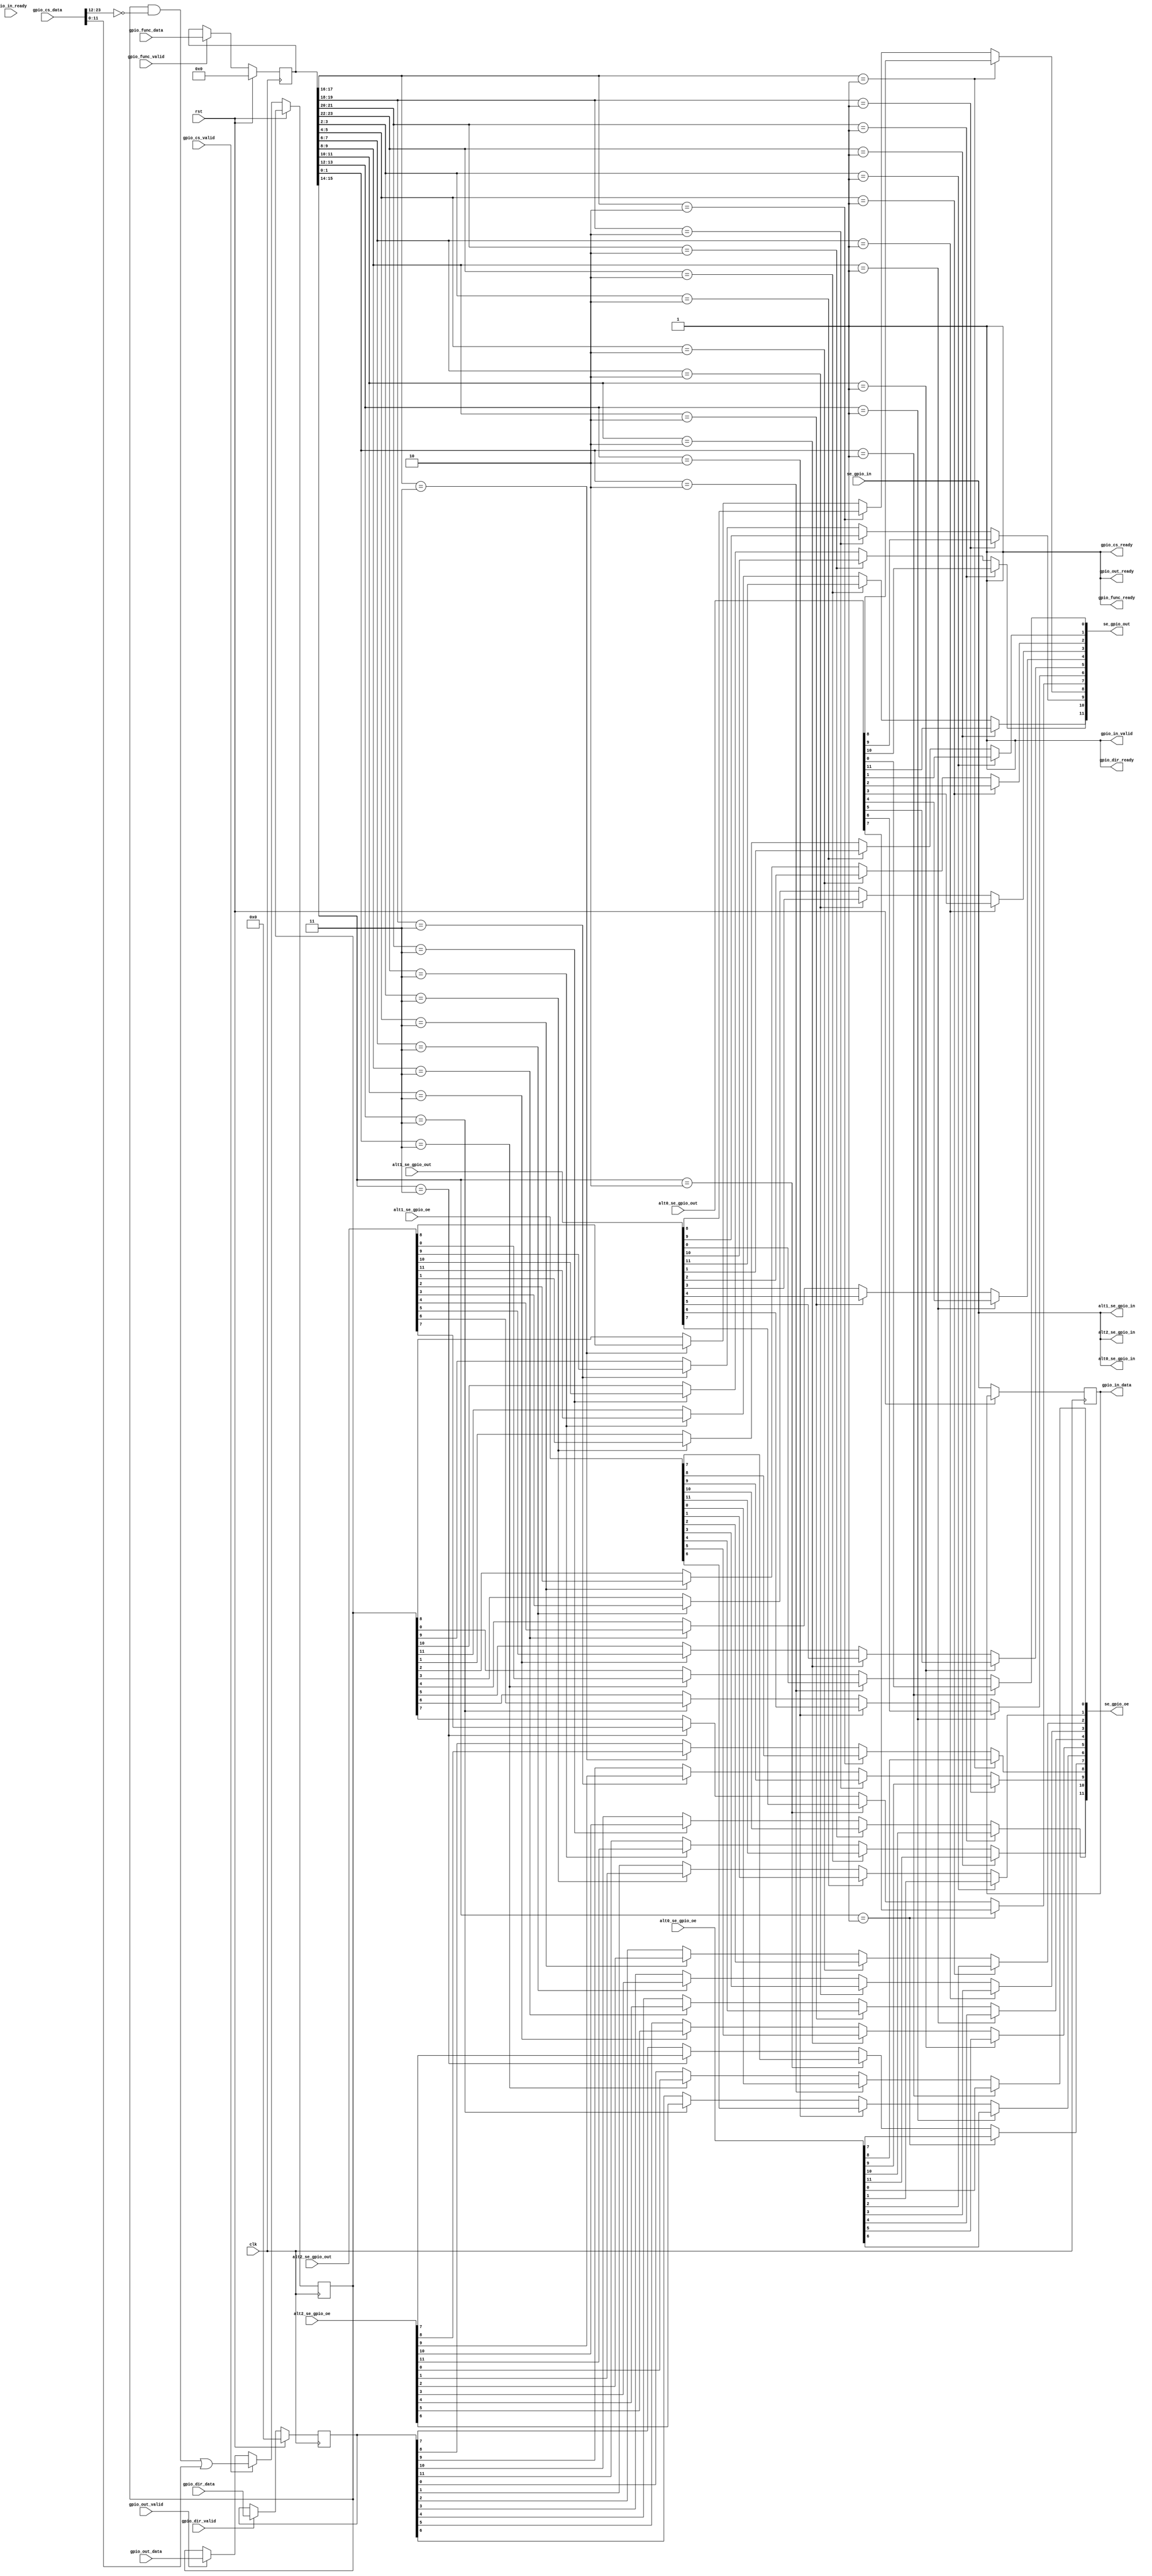
//
// Copyright (c) 2016-2020 Fairwaves, Inc.
// SPDX-License-Identifier: CERN-OHL-W-2.0
//

module xtrx_gpio_ctrl  #(
    parameter GPIO_WIDTH = 12,
    parameter GPIO_DEF_FUNCTIONS = 0
)(
    input clk,
    input rst,

    // GPIO configuration regusters
    output                   gpio_func_ready,
    input                    gpio_func_valid,
    input [GPIO_WIDTH*2-1:0] gpio_func_data,

    output                   gpio_dir_ready,
    input                    gpio_dir_valid,
    input [GPIO_WIDTH-1:0]   gpio_dir_data,

    output                   gpio_out_ready,
    input                    gpio_out_valid,
    input [GPIO_WIDTH-1:0]   gpio_out_data,

    output                   gpio_cs_ready,
    input                    gpio_cs_valid,
    input [2*GPIO_WIDTH-1:0] gpio_cs_data,

    // User Interrupt control
    input                    gpio_in_ready,
    output                   gpio_in_valid,
    output [GPIO_WIDTH-1:0]  gpio_in_data,


    output [GPIO_WIDTH-1:0] se_gpio_oe,
    output [GPIO_WIDTH-1:0] se_gpio_out,
    input  [GPIO_WIDTH-1:0] se_gpio_in,

    // Alt function for specific GPIO(s)
    input   [GPIO_WIDTH-1:0] alt0_se_gpio_oe,
    input   [GPIO_WIDTH-1:0] alt0_se_gpio_out,
    output  [GPIO_WIDTH-1:0] alt0_se_gpio_in,

    input   [GPIO_WIDTH-1:0] alt1_se_gpio_oe,
    input   [GPIO_WIDTH-1:0] alt1_se_gpio_out,
    output  [GPIO_WIDTH-1:0] alt1_se_gpio_in,

    input   [GPIO_WIDTH-1:0] alt2_se_gpio_oe,
    input   [GPIO_WIDTH-1:0] alt2_se_gpio_out,
    output  [GPIO_WIDTH-1:0] alt2_se_gpio_in

);

localparam ALT_FUNCTION_WIDTH = 2;

// Func:
// 0     - general IO
// 1,2,3 - ALT function 0,1,2,3

reg [GPIO_WIDTH-1:0] gpio_out;
reg [GPIO_WIDTH-1:0] gpio_oe = 0;

reg [GPIO_WIDTH*ALT_FUNCTION_WIDTH-1:0] gpio_alt_sel = GPIO_DEF_FUNCTIONS;

genvar i, j;
generate
  for (i = 0; i < GPIO_WIDTH; i=i+1) begin: gpio
    wire [ALT_FUNCTION_WIDTH-1:0] altsel;
    for (j = 0; j < ALT_FUNCTION_WIDTH; j=j+1) begin
      assign altsel[j] = gpio_alt_sel[ALT_FUNCTION_WIDTH*i+j];
    end
    assign se_gpio_out[i] = (altsel == 1) ? alt0_se_gpio_out[i] :
                            (altsel == 2) ? alt1_se_gpio_out[i] :
                            (altsel == 3) ? alt2_se_gpio_out[i] : gpio_out[i];
    assign se_gpio_oe[i] = (altsel == 1) ? alt0_se_gpio_oe[i] :
                           (altsel == 2) ? alt1_se_gpio_oe[i] :
                           (altsel == 3) ? alt2_se_gpio_oe[i] : gpio_oe[i];

    assign alt0_se_gpio_in[i] = se_gpio_in[i];
    assign alt1_se_gpio_in[i] = se_gpio_in[i];
    assign alt2_se_gpio_in[i] = se_gpio_in[i];
  end
endgenerate

reg [GPIO_WIDTH-1:0] gpio_in;

assign gpio_func_ready = 1'b1;
assign gpio_dir_ready = 1'b1;
assign gpio_out_ready = 1'b1;
assign gpio_cs_ready = 1'b1;

assign gpio_in_valid = 1'b1;
assign gpio_in_data = gpio_in;

always @(posedge clk) begin
  if (rst) begin
    gpio_alt_sel <= GPIO_DEF_FUNCTIONS;
    gpio_oe      <= 0;
  end else begin
    if (gpio_func_ready && gpio_func_valid) begin
      gpio_alt_sel <= gpio_func_data;
    end
    if (gpio_dir_ready && gpio_dir_valid) begin
      gpio_oe  <= gpio_dir_data;
    end
    if (gpio_out_ready && gpio_out_valid) begin
      gpio_out <= gpio_out_data;
    end
    if (gpio_cs_ready && gpio_cs_valid) begin
      gpio_out <= (gpio_out & ~gpio_cs_data[2*GPIO_WIDTH-1:GPIO_WIDTH]) | gpio_cs_data[GPIO_WIDTH-1:0];
    end
    // Update only on requests ?!
    gpio_in <= se_gpio_in;
  end
end

endmodule